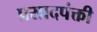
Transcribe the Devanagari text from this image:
प्रसादपंक्ती